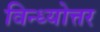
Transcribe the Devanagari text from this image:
विन्ध्योत्तर